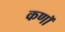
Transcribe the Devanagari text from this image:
कणॉ